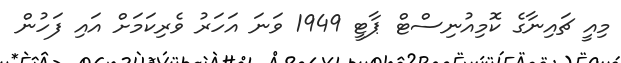
މިއީ ޗައިނާގެ ކޮމިއުނިސްޓް ޕާޓީ 1949 ވަނަ އަހަރު ވެރިކަމަށް އައި ފަހުން